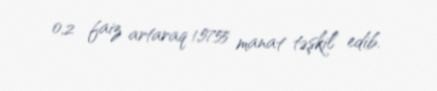
0,2 faiz artaraq 1,5755 manat təşkil edib.